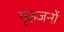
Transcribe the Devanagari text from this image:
गृहजनों